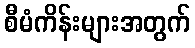
စီမံကိန်းများအတွက်